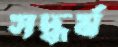
সদ্ধর্ম